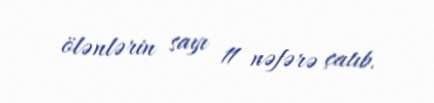
ölənlərin sayı 11 nəfərə çatıb.